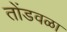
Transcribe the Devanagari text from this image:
तोंडवळा